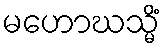
မဟောဃသ္မိံ